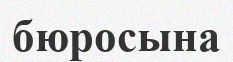
бюросына